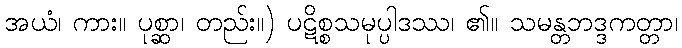
အယံ၊ ကား။ ပုစ္ဆာ၊ တည်း။) ပဋိစ္စသမုပ္ပါဒဿ၊ ၏။ သမန္တဘဒ္ဒကတ္တာ၊